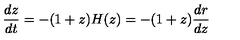
\frac { d z } { d t } = - ( 1 + z ) H ( z ) = - ( 1 + z ) \frac { d r } { d z }